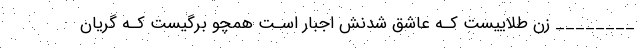
________ زن طلاییست کـه عاشق شدنش اجبار اسـت همچو برگیست کـه گریان